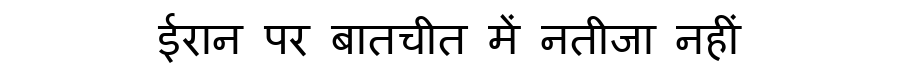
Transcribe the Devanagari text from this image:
ईरान पर बातचीत में नतीजा नहीं